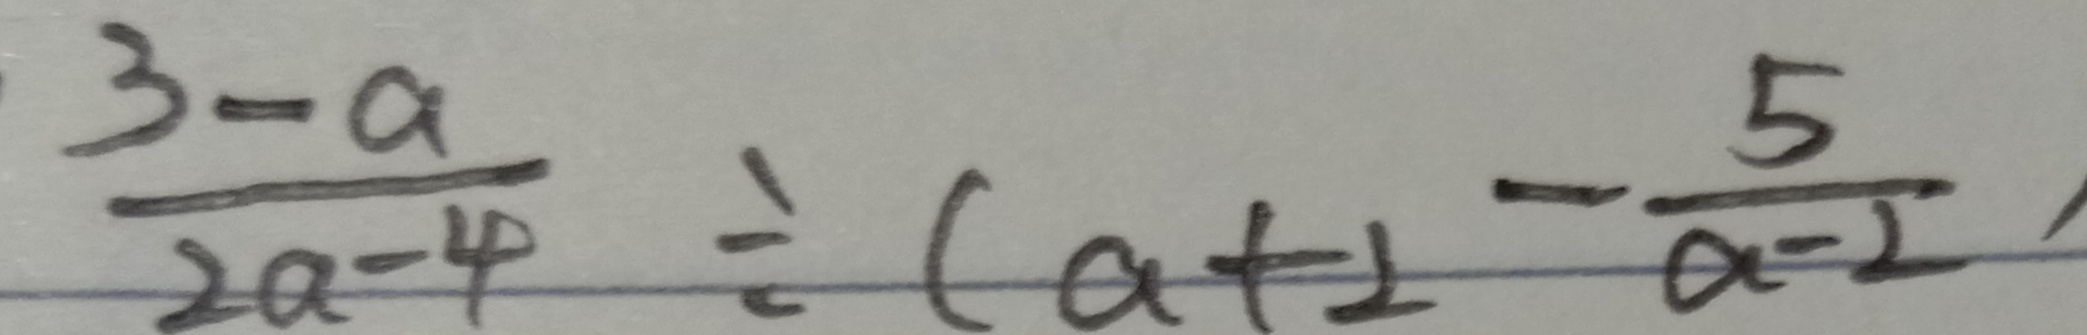
\frac { 3 - a } { 2 a - 4 } \div ( a + 2 - \frac { 5 } { a - 2 }